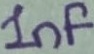
Text: 1nF